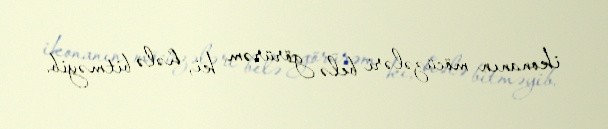
ikonanın möcüzələri belə görürəm ki, hələ bitməyib.